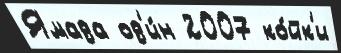
Ямада од'и́н 2007 ко́йк'и